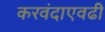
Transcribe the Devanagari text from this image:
करवंदाएवढी